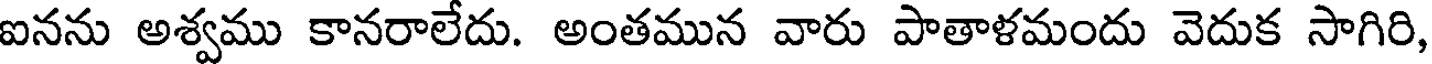
ఐనను అశ్వము కానరాలేదు. అంతమున వారు పాతాళమందు వెదుక సాగిరి,